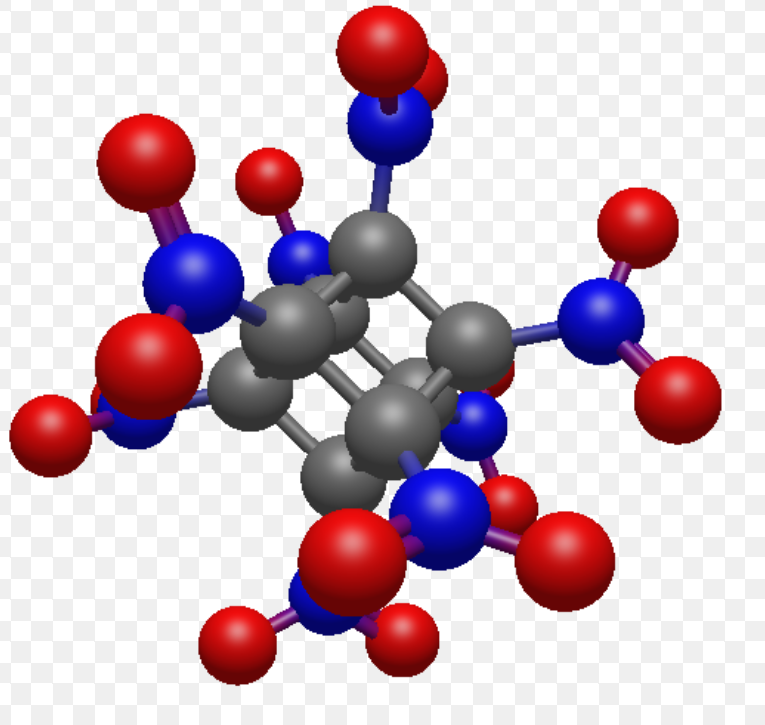
avogadro, ball and sticks